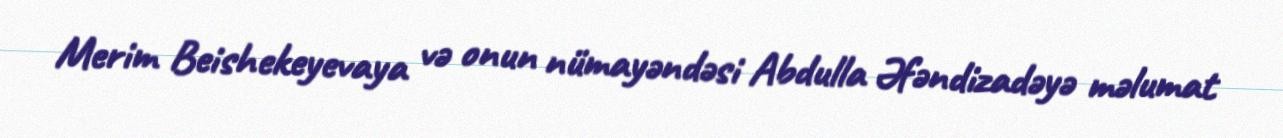
Merim Beishekeyevaya və onun nümayəndəsi Abdulla Əfəndizadəyə məlumat